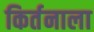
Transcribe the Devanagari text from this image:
किर्तनाला